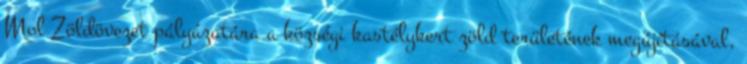
Mol Zöldövezet pályázatára a községi kastélykert zöld területének megújításával,